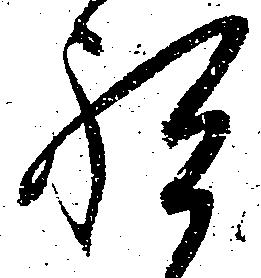
祝